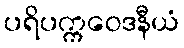
ပရိပက္ကဝေဒနီယံ